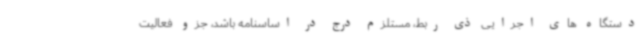
دستگاه های اجرایی ذی ربط، مستلزم درج در اساسنامه باشد، جزو فعالیت